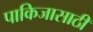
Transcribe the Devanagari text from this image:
पाकिजासाठी